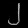
Digit: ၂